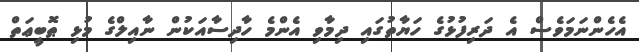
އެހެންނަމަވެސް އެ ދަރިފުޅުގެ ހަޔާތުގައި ދިމާވި އެންމެ ހާދިސާއަކުން ނާއިލްގެ މުޅި ޠޮބީޢަތް